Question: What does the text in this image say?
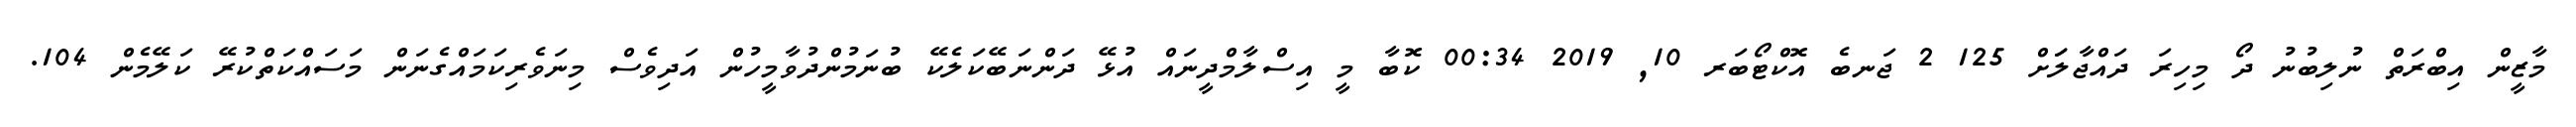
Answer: މާޒީން އިބްރަތް ނުލިބުނު ދޯ މިހިރަ ދައްޖާލަަށް 125 2 ޖަނބެ އޮކްޓޯބަރ 10, 2019 00:34 ކޮބާ މީ އިސްލާމްދީނައް އުޅޭ ދަންނަބޭކަލެކޭ ބުނަމުންދުވާމީހުން އަދިވެސް މިނަވެރިކަމައްގެނަން މަސައްކަތްކުރޭ ކަލޭމެން 104.